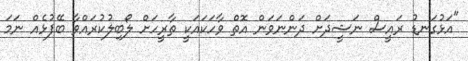
"އަޅުގަނޑު ރައީސް ނަޝީދަށް ދަންނަވަން އޮތް ވާހަކައަކީ ތާރީހަށް ލޯބިލުކުރައްވާ ބޭފުޅެއް ނަމަ